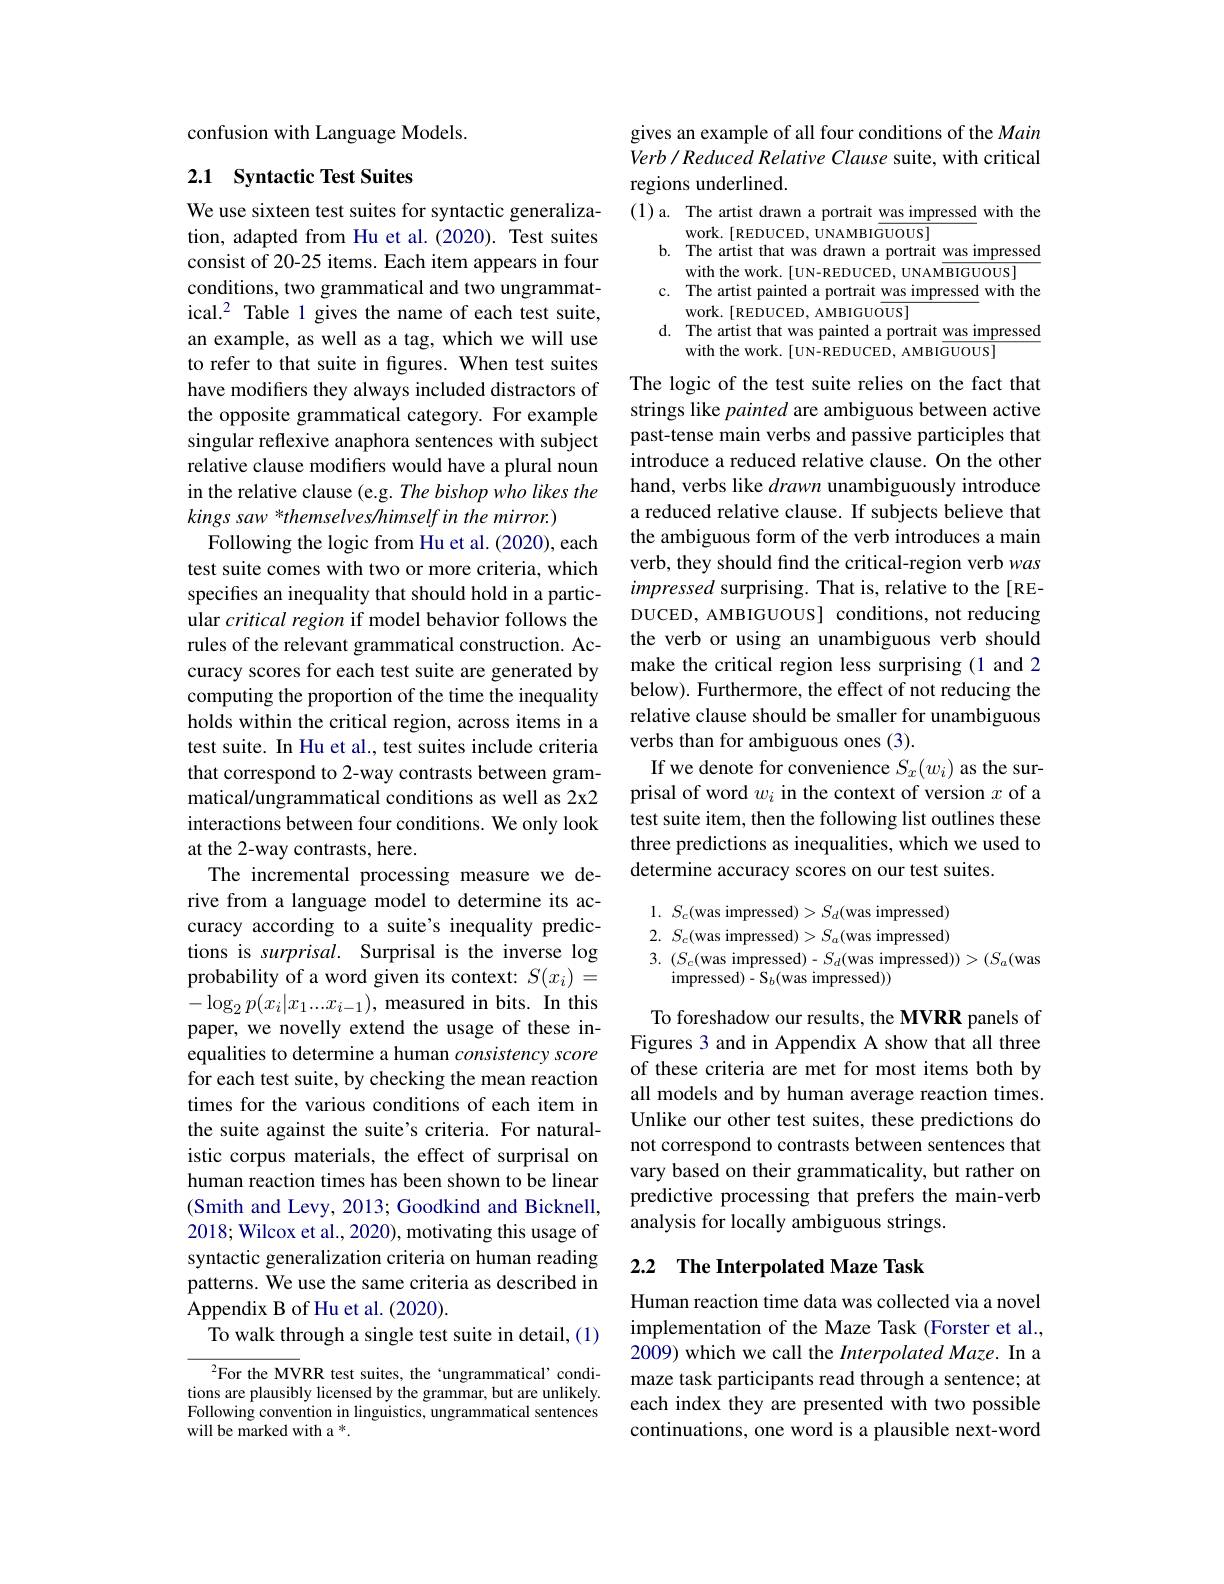
confusion with Language Models.

## 2.1 Syntactic Test Suites

We use sixteen test suites for syntactic generalization, adapted from Hu et al.(2020). Test suites consist of 20-25 items. Each item appears in four conditions, two grammatical and two ungrammatical.$^2$ Table 1 gives the name of each test suite, an example, as well as a tag, which we will use to refer to that suite in figures. When test suites have modifiers they always included distractors of the opposite grammatical category. For example singular reflexive anaphora sentences with subject relative clause modifers would have a plural noun in the relative clause (e.g. The bishop who likes the kings saw *themselves/himself in the mirror.)
Following the logic from Hu et al. (2020), each test suite comes with two or more criteria, which specifies an inequality that should hold in a particular critical region if model behavior follows the rules of the relevant grammatical construction. Accuracy scores for each test suite are generated by computing the proportion of the time the inequality holds within the critical region, across items in a test suite. In Hu et al., test suites include criteria that correspond to 2-way contrasts between grammatical/ungrammatical conditions as well as 2x2 interactions between four conditions. We only look at the 2-way contrasts, here.
The incremental processing measure we derive from a language model to determine its accuracy according to a suite's inequality predictions is surprisal. Surprisal is the inverse log probability of a word given its context: $S(x_i)=$ $-\log_2p(x_i|x_1...x_{i-1})$,measured in bits. In this paper, we novelly extend the usage of these inequalities to determine a human consistency score for each test suite, by checking the mean reaction times for the various conditions of each item in the suite against the suite's criteria. For naturalistic corpus materials, the effect of surprisal on human reaction times has been shown to be linear (Smith and Levy, 2013; Goodkind and Bicknell, 2018; Wilcox et al., 2020), motivating this usage of syntactic generalization criteria on human reading patterns. We use the same criteria as described in Appendix B of Hu et al. (2020).
To walk through a single test suite in detail, (1)

$^{2}$For the MVRR test suites, the‘ungrammatical’conditions are plausibly licensed by the grammar, but are unlikely. Following convention in linguistics, ungrammatical sentences will be marked with a *.

gives an example of all four conditions of the Main Verb / Reduced Relative Clause suite, with critical regions underlined.

(1) a. The artist drawn a portrait was impressed with the
work. [REDUCED, UNAMBIGUOUS]
b. The artist that was drawn a portrait was impressed
with the work. [UN-REDUCED, UNAMBIGUOUS]
c. The artist painted a portrait was impressed with the
work. [REDUCED, AMBIGUOUS]
d. The artist that was painted a portrait was impressed
with the work. [UN-REDUCED, AMBIGUOUS]

The logic of the test suite relies on the fact that strings like painted are ambiguous between active past-tense main verbs and passive participles that introduce a reduced relative clause. On the other hand, verbs like drawn unambiguously introduce a reduced relative clause. If subjects believe that the ambiguous form of the verb introduces a main verb, they should find the critical-region verb was impressed surprising. That is, relative to the[REDUCED, AMBIGUOUS] conditions, not reducing the verb or using an unambiguous verb should make the critical region less surprising (1 and 2 below). Furthermore, the effect of not reducing the relative clause should be smaller for unambiguous verbs than for ambiguous ones (3).
If we denote for convenience $S_x(w_i)$ as the surprisal of word $w_i$ in the context of version $x$ of a test suite item, then the following list outlines these three predictions as inequalities, which we used to determine accuracy scores on our test suites.

$1.~S_{c}($was impressed$)>S_d($was impressed) $2.~S_c($was impressed$)>S_a($was impressed) 3. $( S_{c}($was impressed$)-S_d($was impressed$))>(S_a($was
impressed$) - \mathrm{S} _{b}($was impressed))

To foreshadow our results, the MVRR panels of Figures 3 and in Appendix A show that all three of these criteria are met for most items both by all models and by human average reaction times. Unlike our other test suites, these predictions do not correspond to contrasts between sentences that vary based on their grammaticality, but rather on predictive processing that prefers the main-verb analysis for locally ambiguous strings.

## 2.2 The Interpolated Maze Task

Human reaction time data was collected via a novel implementation of the Maze Task (Forster et al., 2009) which we call the Interpolated Maze. In a maze task participants read through a sentence; at each index they are presented with two possible continuations, one word is a plausible next-word